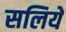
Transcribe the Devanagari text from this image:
सलिये